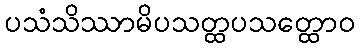
ပသံသိဿာမိပသတ္ထပသတ္ထောဝ